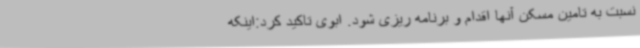
نسبت به تامین مسکن آنها اقدام و برنامه ریزی شود. ابوی تاکید کرد:اینکه